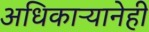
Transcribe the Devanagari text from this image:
अधिकाऱ्यानेही